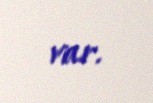
var.